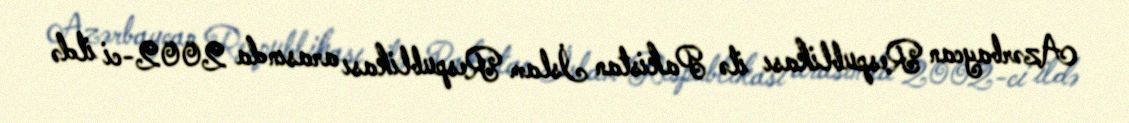
Azərbaycan Respublikası ilə Pakistan İslam Respublikası arasında 2002-ci ildə